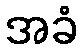
အခံ